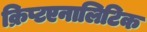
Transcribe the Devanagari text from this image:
क्रिप्टएनालिटिक